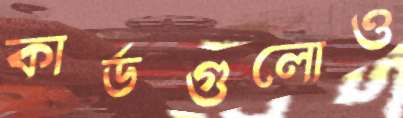
কার্ডগুলোও